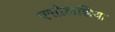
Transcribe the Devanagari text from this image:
एसोलझिया